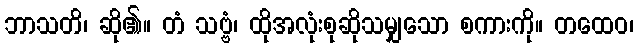
ဘာသတိ၊ ဆို၏။ တံ သဗ္ဗံ၊ ထိုအလုံးစုဆိုသမျှသော စကားကို။ တထေဝ၊